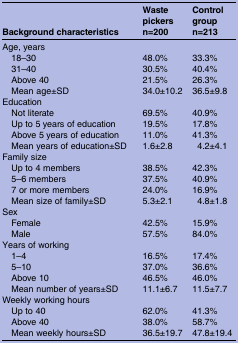
| <ROWSPAN=2> Background characteristics | Waste pickers | Control group |
 | n=200 | n=213 |
 | --- | --- | --- |
 | <COLSPAN=3> Age, years |
 | 18–30 | 48.0% | 33.3% |
 | 31–40 | 30.5% | 40.4% |
 | Above 40 | 21.5% | 26.3% |
 | Mean age±SD | 34.0±10.2 | 36.5±9.8 |
 | <COLSPAN=3> Education |
 | Not literate | 69.5% | 40.9% |
 | Up to 5 years of education | 19.5% | 17.8% |
 | Above 5 years of education | 11.0% | 41.3% |
 | Mean years of education±SD | 1.6±2.8 | 4.2±4.1 |
 | <COLSPAN=3> Family size |
 | Up to 4 members | 38.5% | 42.3% |
 | 5–6 members | 37.5% | 40.9% |
 | 7 or more members | 24.0% | 16.9% |
 | Mean size of family±SD | 5.3±2.1 | 4.8±1.8 |
 | <COLSPAN=3> Sex |
 | Female | 42.5% | 15.9% |
 | Male | 57.5% | 84.0% |
 | <COLSPAN=3> Years of working |
 | 1–4 | 16.5% | 17.4% |
 | 5–10 | 37.0% | 36.6% |
 | Above 10 | 46.5% | 46.0% |
 | Mean number of years±SD | 11.1±6.7 | 11.5±7.7 |
 | <COLSPAN=3> Weekly working hours |
 | Up to 40 | 62.0% | 41.3% |
 | Above 40 | 38.0% | 58.7% |
 | Mean weekly hours±SD | 36.5±19.7 | 47.8±19.4 |